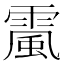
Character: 𩄏